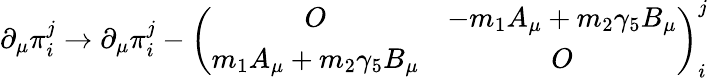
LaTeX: \partial_{\mu}\pi_{i}^{j}\to\partial_{\mu}\pi_{i}^{j}-\left(\begin{array}{cc}{{O}}&{{-m_{1}A_{\mu}+m_{2}\gamma_{5}B_{\mu}}}\\ {{m_{1}A_{\mu}+m_{2}\gamma_{5}B_{\mu}}}&{{O}}\end{array}\right)_{i}^{j}